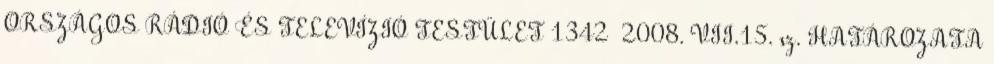
ORSZÁGOS RÁDIÓ ÉS TELEVÍZIÓ TESTÜLET 1342 2008. VII.15. sz. HATÁROZATA